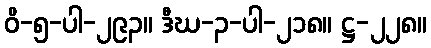
ဝိ-၅-ပါ-၂၉၃။ ဒီဃ-၃-ပါ-၂၁၈။ ဋ္ဌ-၂၂၈။